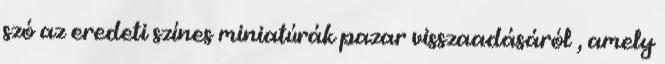
szó az eredeti színes miniatúrák pazar visszaadásáról , amely